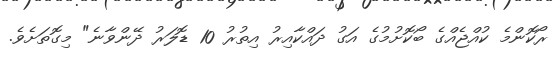
ރޯކޮންމެ ކުއްޖެއްގެ ބޯކޮށުމުގެ އަގު ދައްކާއިރު އިތުރު 10 ޑޮލަރު ދޭންވާނެ" މިގޮތަށެވެ.